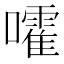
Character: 嚯